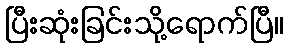
ပြီးဆုံးခြင်းသို့ရောက်ပြီ။